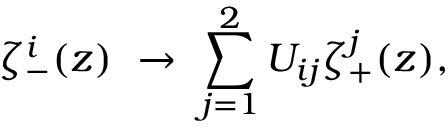
\zeta _ { - } ^ { i } ( z ) ~ \rightarrow ~ \sum _ { j = 1 } ^ { 2 } U _ { i j } \zeta _ { + } ^ { j } ( z ) ,